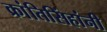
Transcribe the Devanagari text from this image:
क्रांतिसिंहांनी